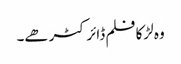
وہ لڑکا فلم ڈائرکٹر ھے۔